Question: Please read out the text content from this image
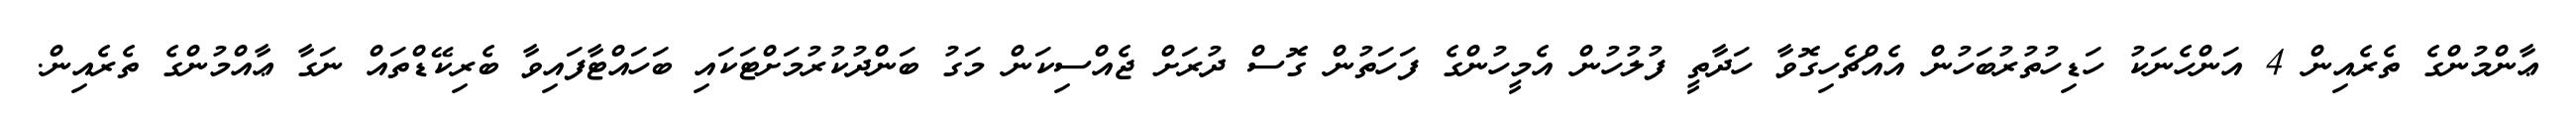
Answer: ޢާންމުންގެ ތެރެއިން 4 އަންހެނަކު ހަޑިހުތުރުބަހުން އެއްޗެހިގޮވާ ހަދާތީ ފުލުހުން އެމީހުންގެ ފަހަތުން ގޮސް ދުރަށް ޖެއްސިކަން މަގު ބަންދުކުރުމަށްޓަކައި ބަހައްޓާފައިވާ ބެރިކޭޑްތައް ނަގާ ޢާއްމުންގެ ތެރެއިން.